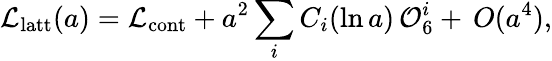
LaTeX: {\cal L}_{\mathrm{latt}}(a)={\cal L}_{\mathrm{cont}}+a^{2}\sum_{i}C_{i}(\ln a)\, {\cal O}_{6}^{i}+\, O(a^{4}),